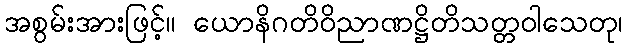
အစွမ်းအားဖြင့်။ ယောနိဂတိဝိညာဏဋ္ဌိတိသတ္တဝါသေတု၊